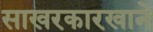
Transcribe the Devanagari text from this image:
साखरकारखाने